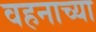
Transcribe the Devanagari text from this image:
वहनाच्या